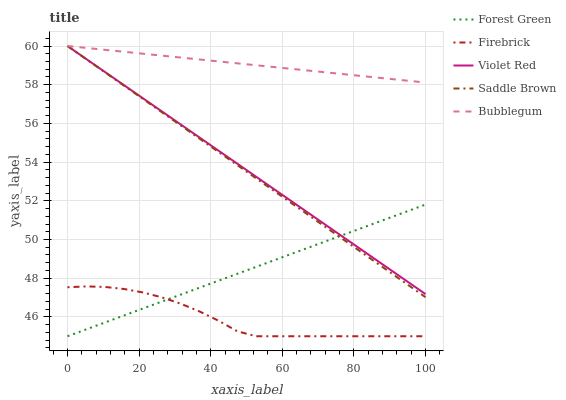
| xaxis_label | Forest Green | Firebrick | Violet Red | Saddle Brown | Bubblegum |
 | --- | --- | --- | --- | --- | --- |
 | 0 | 45 | 47.5 | 60 | 60 | 60 |
 | 5.26 | 45.4 | 47.6 | 59.3 | 59.3 | 59.9 |
 | 10.5 | 45.7 | 47.5 | 58.7 | 58.6 | 59.8 |
 | 15.8 | 46.1 | 47.4 | 58 | 58 | 59.7 |
 | 21.1 | 46.4 | 47.3 | 57.3 | 57.3 | 59.6 |
 | 26.3 | 46.8 | 47 | 56.6 | 56.6 | 59.5 |
 | 31.6 | 47.1 | 46.7 | 56 | 55.9 | 59.4 |
 | 36.8 | 47.5 | 46.3 | 55.3 | 55.2 | 59.3 |
 | 42.1 | 47.9 | 45.8 | 54.6 | 54.5 | 59.2 |
 | 47.4 | 48.2 | 45.3 | 53.9 | 53.9 | 59.1 |
 | 52.6 | 48.6 | 45 | 53.3 | 53.2 | 59 |
 | 57.9 | 48.9 | 45 | 52.6 | 52.5 | 58.9 |
 | 63.2 | 49.3 | 45 | 51.9 | 51.8 | 58.8 |
 | 68.4 | 49.7 | 45 | 51.2 | 51.1 | 58.7 |
 | 73.7 | 50 | 45 | 50.6 | 50.4 | 58.6 |
 | 78.9 | 50.4 | 45 | 49.9 | 49.8 | 58.5 |
 | 84.2 | 50.7 | 45 | 49.2 | 49.1 | 58.4 |
 | 89.5 | 51.1 | 45 | 48.5 | 48.4 | 58.3 |
 | 94.7 | 51.4 | 45 | 47.9 | 47.7 | 58.2 |
 | 100 | 51.8 | 45 | 47.2 | 47 | 58.1 |